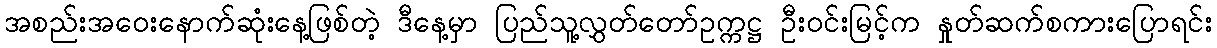
အစည်းအဝေးနောက်ဆုံးနေ့ဖြစ်တဲ့ ဒီနေ့မှာ ပြည်သူ့လွှတ်တော်ဥက္ကဋ္ဌ ဦးဝင်းမြင့်က နှုတ်ဆက်စကားပြောရင်း